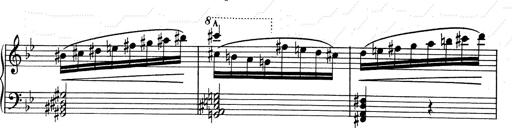
Title: RÃ©miniscences de Don Juan
Composer: Franz Liszt